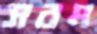
সরম